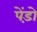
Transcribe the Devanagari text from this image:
पेंड़ो